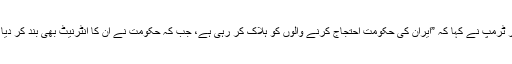
صدر ٹرمپ نے کہا کہ ”ایران کی حکومت احتجاج کرنے والوں کو ہلاک کر رہی ہے، جب کہ حکومت نے ان کا انٹرنیٹ بھی بند کر دیا ہے۔